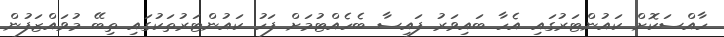
ހާއްސަކޮށް ކައުންޓަރުގައި އެހާ ބައިވަރު ފައިސާ ބެހެއްޓުމަށް ފަހު ކައުންޓަރުތަކުގައި ތިބޭ މުވައްޒަފުން